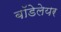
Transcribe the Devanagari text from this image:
बॉडेलेयर